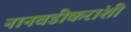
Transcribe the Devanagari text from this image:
नानवडीकरांशी